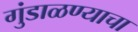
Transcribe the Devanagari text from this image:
गुंडाळण्याचा